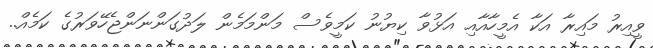
ވީއިރު މައިރާ އަކާ އެމީހާއާއި އަޅުވާ ކިޔުނު ކަމީވެސް މަންމަމެން ލަދުގަންނަންޖެހޭވަރުގެ ކަމެއް..